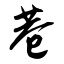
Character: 巷